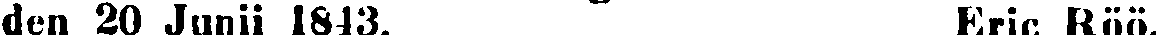
den 20 Junii 1843. Eric Röö.